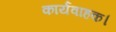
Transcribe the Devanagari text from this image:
कार्यवाहक।